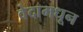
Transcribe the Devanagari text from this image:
वेदामधून